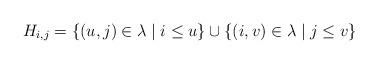
LaTeX: \begin{align*}H_{i,j} = \left\{ (u,j) \in \lambda \mid i\leq u \right\} \cup\left\{ (i,v)\in \lambda \mid j \leq v \right\}\end{align*}